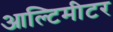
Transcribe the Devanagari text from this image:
आल्टिमीटर